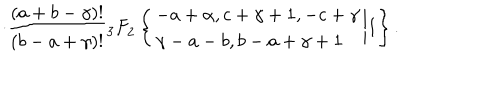
\cdot \frac { ( a + b - \gamma ) ! } { ( b - a + \gamma ) ! } { _ 3 F } _ { 2 } \left\{ \begin{array} { l } { { - a + \alpha , c + \gamma + 1 , - c + \gamma } } \\ { { \gamma - a - b , b - a + \gamma + 1 } } \\ \end{array} \biggr | 1 \right\} .